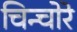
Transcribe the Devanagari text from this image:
चिन्चोरे